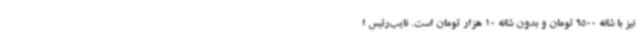
نیز با شانه 9500 تومان و بدون شانه 10 هزار تومان است. نایب‌رئیس ا